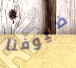
ضيوفنا